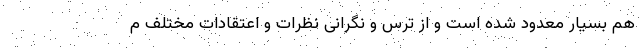
هم بسیار معدود شده است و از ترس و نگرانی نظرات و اعتقادات مختلف م